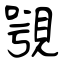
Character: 覨